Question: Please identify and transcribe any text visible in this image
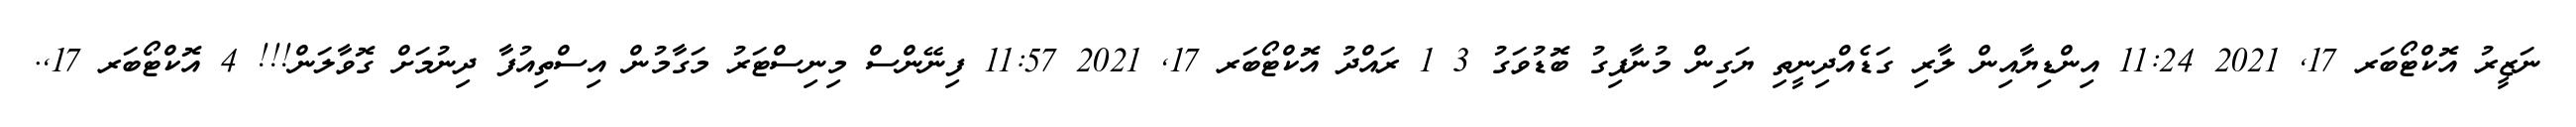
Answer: ނަޒީރު އޮކްޓޯބަރ 17, 2021 11:24 އިންޑިޔާއިން ލާރި ގަޑެއްދިނީތި ޔަގިން މުނާފިގު ބޮޑުވަގު 3 1 ރައްދު އޮކްޓޯބަރ 17, 2021 11:57 ފިނޭންސް މިނިސްޓަރު މަގާމުން އިސްތިއުފާ ދިނުމަށް ގޮވާލަން!!! 4 އޮކްޓޯބަރ 17,.